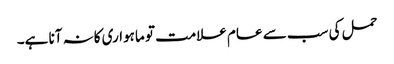
حمل کی سب سے عام علامت تو ماہواری کانہ آنا ہے۔